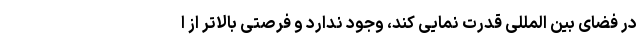
در فضای بین المللی قدرت نمایی کند، وجود ندارد و فرصتی بالاتر از ا